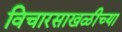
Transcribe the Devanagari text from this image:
विचारसाखळीच्या